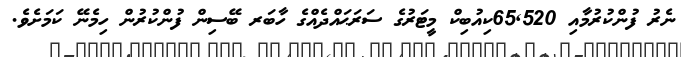
ނެރު ފުންކުރުމާއި 65